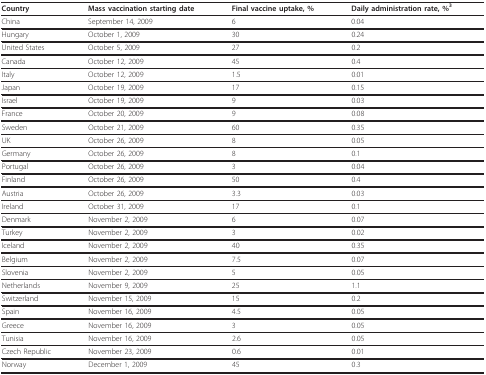
| Country | Mass vaccination starting date | Final vaccine uptake, % | Daily administration rate, %3 |
 | --- | --- | --- | --- |
 | China | September 14, 2009 | 6 | 0.04 |
 | Hungary | October 1, 2009 | 30 | 0.24 |
 | United States | October 5, 2009 | 27 | 0.2 |
 | Canada | October 12, 2009 | 45 | 0.4 |
 | Italy | October 12, 2009 | 1.5 | 0.01 |
 | Japan | October 19, 2009 | 17 | 0.15 |
 | Israel | October 19, 2009 | 9 | 0.03 |
 | France | October 20, 2009 | 9 | 0.08 |
 | Sweden | October 21, 2009 | 60 | 0.35 |
 | UK | October 26, 2009 | 8 | 0.05 |
 | Germany | October 26, 2009 | 8 | 0.1 |
 | Portugal | October 26, 2009 | 3 | 0.04 |
 | Finland | October 26, 2009 | 50 | 0.4 |
 | Austria | October 26, 2009 | 3.3 | 0.03 |
 | Ireland | October 31, 2009 | 17 | 0.1 |
 | Denmark | November 2, 2009 | 6 | 0.07 |
 | Turkey | November 2, 2009 | 3 | 0.02 |
 | Iceland | November 2, 2009 | 40 | 0.35 |
 | Belgium | November 2, 2009 | 7.5 | 0.07 |
 | Slovenia | November 2, 2009 | 5 | 0.05 |
 | Netherlands | November 9, 2009 | 25 | 1.1 |
 | Switzerland | November 15, 2009 | 15 | 0.2 |
 | Spain | November 16, 2009 | 4.5 | 0.05 |
 | Greece | November 16, 2009 | 3 | 0.05 |
 | Tunisia | November 16, 2009 | 2.6 | 0.05 |
 | Czech Republic | November 23, 2009 | 0.6 | 0.01 |
 | Norway | December 1, 2009 | 45 | 0.3 |